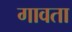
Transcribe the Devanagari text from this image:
गावता